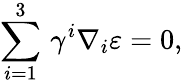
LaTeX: \sum_{i=1}^{3}\, \gamma^{i}\nabla_{i}\varepsilon=0,